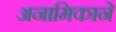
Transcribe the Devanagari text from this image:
अनामिकाने